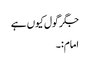
جگر گول کیوں ہے
امام:۔